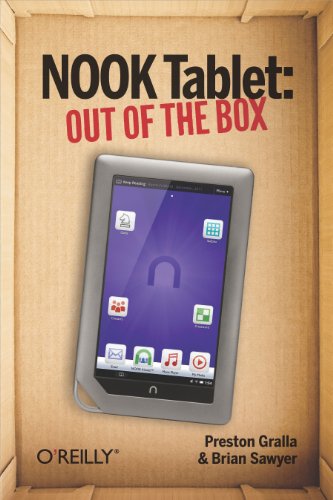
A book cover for NOOK Tablet: Out of the Box; Preston Gralla; Computers & Technology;